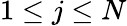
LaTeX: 1\le j\le N